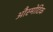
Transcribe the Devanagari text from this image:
औस्मोटिक